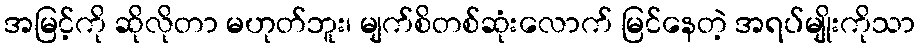
အမြင့်ကို ဆိုလိုတာ မဟုတ်ဘူး၊ မျက်စိတစ်ဆုံးလောက် မြင်နေတဲ့ အရပ်မျိုးကိုသာ